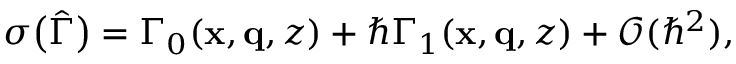
\begin{array} { r } { \sigma \big ( \hat { \Gamma } \big ) = \Gamma _ { 0 } ( \mathbf { x } , \mathbf { q } , z ) + \hbar \Gamma _ { 1 } ( \mathbf { x } , \mathbf { q } , z ) + \mathcal { O } ( \hbar ^ { 2 } ) , } \end{array}